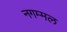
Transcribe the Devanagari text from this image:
नगम्मल